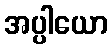
အပ္ပါယော